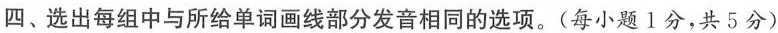
四、选出每组中与所给单词画线部分发音相同的选项.(每小题1分,共 5分)